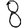
Digit: 8